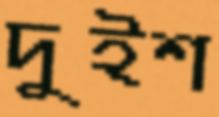
দুইশ